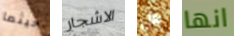
حيثما الاشجار هل انها